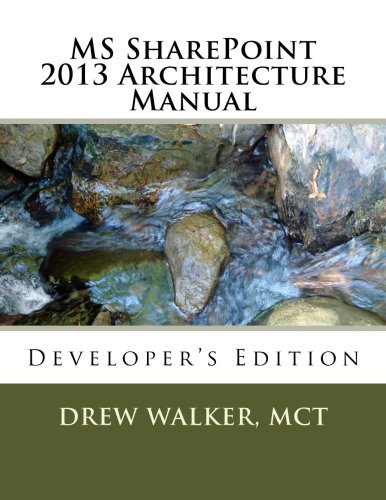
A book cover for MS SharePoint 2013 Architecture Manual: Developer's Edition; Drew Walker; Computers & Technology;